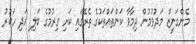
މެންގަނީޒް މަދުވުމުން ދިމާވާ ކަންތައްތަކުގެ ތެރޭގައި ކަށި ގިރުމުގެ ބަލި އަދި ހަކުރު